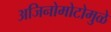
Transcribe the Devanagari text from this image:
अजिनोमोटोमुळे